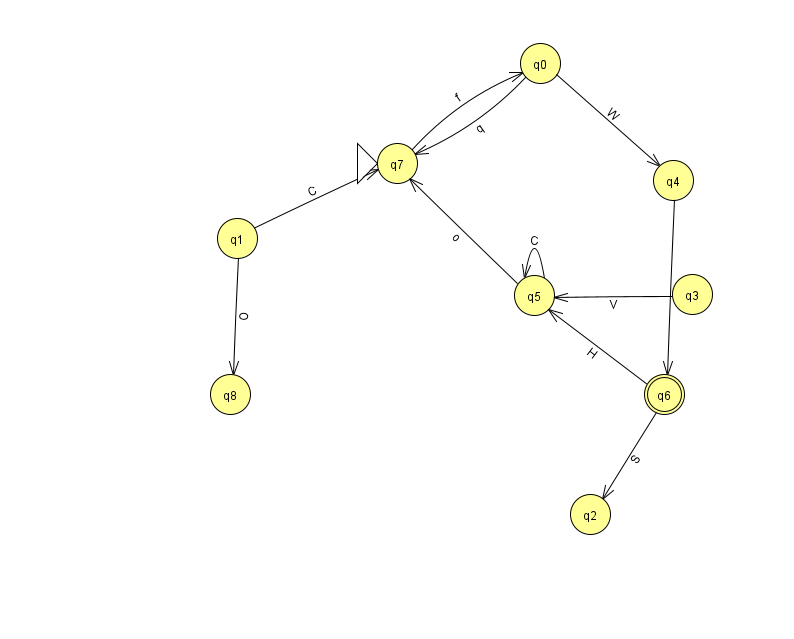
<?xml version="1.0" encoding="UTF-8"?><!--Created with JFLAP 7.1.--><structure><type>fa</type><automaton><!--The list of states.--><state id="0" name="q0"><x>540.0</x><y>50.0</y></state><state id="1" name="q1"><x>237.0</x><y>225.0</y></state><state id="2" name="q2"><x>590.0</x><y>501.0</y></state><state id="3" name="q3"><x>692.0</x><y>281.0</y></state><state id="4" name="q4"><x>673.0</x><y>167.0</y></state><state id="5" name="q5"><x>534.0</x><y>282.0</y></state><state id="6" name="q6"><x>664.0</x><y>381.0</y><final/></state><state id="7" name="q7"><x>397.0</x><y>150.0</y><initial/></state><state id="8" name="q8"><x>230.0</x><y>381.0</y></state><!--The list of transitions.--><transition><from>6</from><to>5</to><read>H</read></transition><transition><from>5</from><to>5</to><read>C</read></transition><transition><from>5</from><to>7</to><read>o</read></transition><transition><from>3</from><to>5</to><read>V</read></transition><transition><from>6</from><to>2</to><read>S</read></transition><transition><from>0</from><to>4</to><read>W</read></transition><transition><from>7</from><to>0</to><read>f</read></transition><transition><from>1</from><to>8</to><read>O</read></transition><transition><from>0</from><to>7</to><read>q</read></transition><transition><from>1</from><to>7</to><read>C</read></transition><transition><from>4</from><to>6</to><read>J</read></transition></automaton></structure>